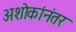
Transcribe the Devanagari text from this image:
अशोकांनंतर